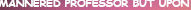
MANNERED PROFESSOR BUT UPON